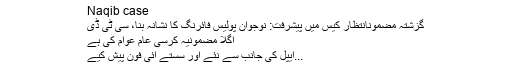
Naqib case
گزشتہ مضمونانتظار کیس میں پیشرفت: نوجوان پولیس فائرنگ کا نشانہ بنا، سی ٹی ڈی
اگلا مضمونیہ کرسی عام عوام کی ہے
ایپل کی جانب سے نئے اور سستے آئی فون پیش کیے...